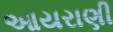
આયરાણી